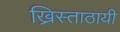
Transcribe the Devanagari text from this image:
ख्रिस्ताठायी